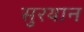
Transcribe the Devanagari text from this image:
सुरयान